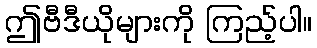
ဤဗီဒီယိုများကို ကြည့်ပါ။